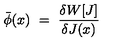
\bar { \phi } ( x ) \ = \ { \frac { \delta W [ J ] } { \delta J ( x ) } } \,